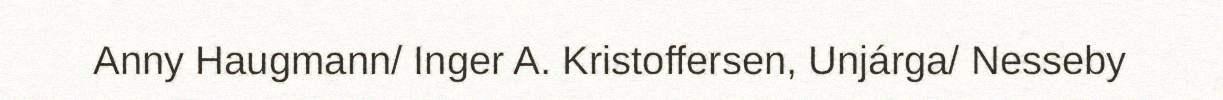
Anny Haugmann/ Inger A. Kristoffersen, Unjárga/ Nesseby